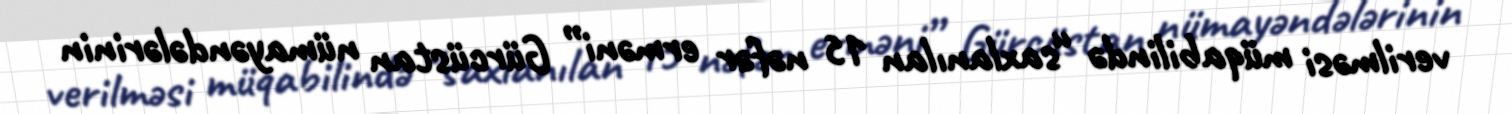
verilməsi müqabilində “saxlanılan 15 nəfər erməni” Gürcüstan nümayəndələrinin